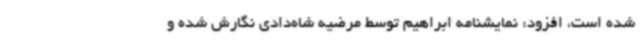
شده است، افزود: نمایشنامه ابراهیم توسط مرضیه شاه‌دادی نگارش شده و